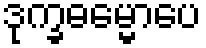
ဒုက္ခဓမ္မောပေ